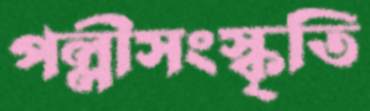
পল্লীসংস্কৃতি